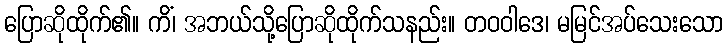
ပြောဆိုထိုက်၏။ ကိံ၊ အဘယ်သို့ပြောဆိုထိုက်သနည်း။ တဝဝါဒေ၊ မမြင်အပ်သေးသော